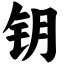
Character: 钥